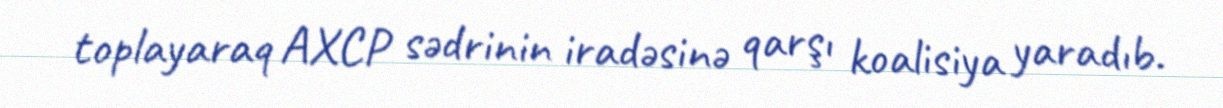
toplayaraq AXCP sədrinin iradəsinə qarşı koalisiya yaradıb.